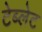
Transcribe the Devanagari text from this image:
टेब्लेट